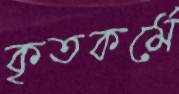
কৃতকর্মে